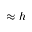
\approx h